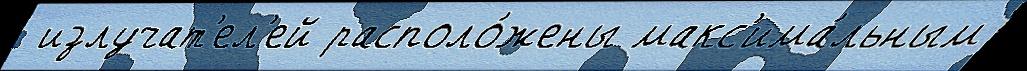
 излучат'ел'ей располо́жены макс'има́льным